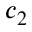
c _ { 2 }